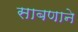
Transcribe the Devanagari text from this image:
साबणाने